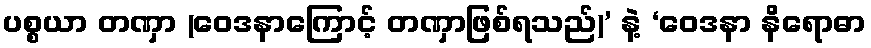
ပစ္စယာ တဏှာ (ဝေဒနာကြောင့် တဏှာဖြစ်ရသည်)’ နဲ့ ‘ဝေဒနာ နိရောဓာ